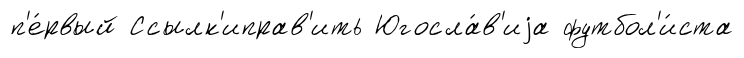
п'е́рвый Ссылк'иправ'ить Югосла́в'иjа футбол'и́ста